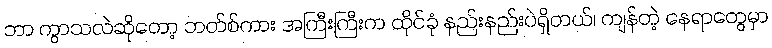
ဘာ ကွာသလဲဆိုတော့ ဘတ်စ်ကား အကြီးကြီးက ထိုင်ခုံ နည်းနည်းပဲရှိတယ်၊ ကျန်တဲ့ နေရာတွေမှာ